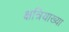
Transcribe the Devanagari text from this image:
क्षत्रियाख्या